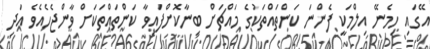
އޭގައި ހިމެނޭ އިލްމަކީ ފެންނަ ކަންތައްތަކުގެ މައްޗަށް ބިނާކޮށްފައިވާ ކަންތައްތަކަށް ވާންޖެހެއެވެ އަދި